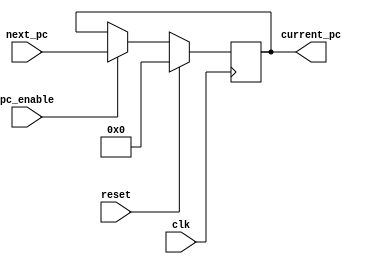
module PC #(parameter data_width = 32) ( 
    input reset, 
	input clk,
    input pc_enable,
    input [data_width - 1 : 0] next_pc,
       	output reg [data_width - 1: 0] current_pc);

always @(posedge clk) begin
    if(reset) current_pc <= 0;
    else if(pc_enable) current_pc <= next_pc; //update when posedge
end

endmodule